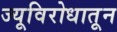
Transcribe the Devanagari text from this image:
ज्यूविरोधातून